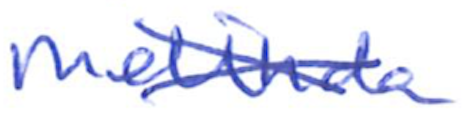
Text: Melinda
Cross-out: cross
Writing tool: ballpoint